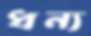
ধন্য